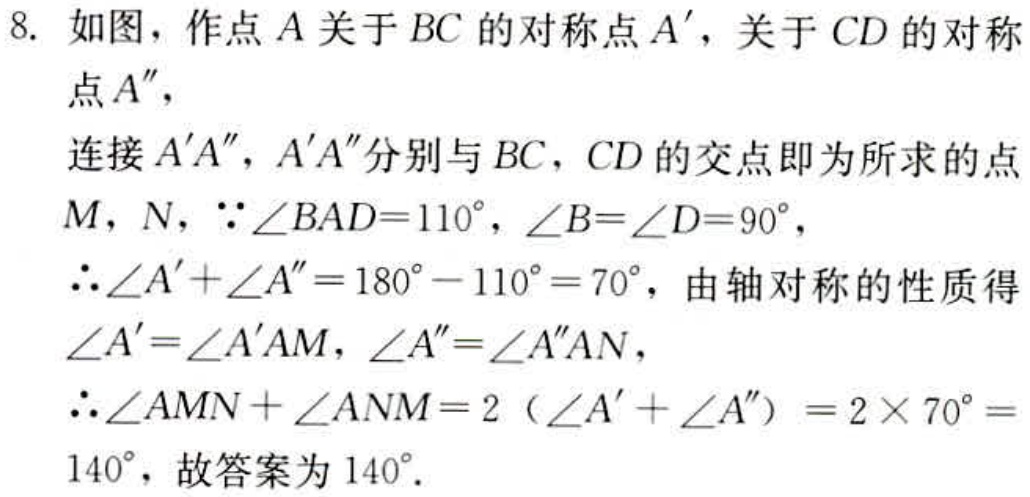
8. 如图，作点\(A\)关于\(BC\)的对称点\(A'\)，关于\(CD\)的对称
点\(A''\)，
连接\(A'A''\)，\(A'A''\)分别与\(BC\)，\(CD\)的交点即为所求的点
\(M\)，\(N\)，\(\because\angle BAD = 110^{\circ}\)，\(\angle B=\angle D = 90^{\circ}\)，
\(\therefore\angle A'+\angle A''=180^{\circ}-110^{\circ}=70^{\circ}\)，由轴对称的性质得
\(\angle A'=\angle A'AM\)，\(\angle A''=\angle A''AN\)，
\(\therefore\angle AMN+\angle ANM = 2(\angle A'+\angle A'')=2\times70^{\circ}=
140^{\circ}\)，故答案为\(140^{\circ}\)．